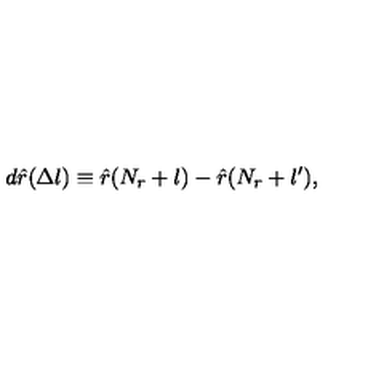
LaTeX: d \hat { r } ( \Delta l ) \equiv \hat { r } ( N _ { r } + l ) - \hat { r } ( N _ { r } + l ^ { \prime } ) ,